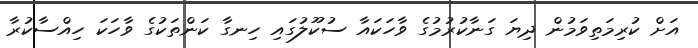
އަށް ކުރިމަތިވަމުން ދިޔަ ގަނާކުރުމުގެ ވާހަކައާ ސުކޫލުގައި ހިނގާ ކަންތަކުގެ ވާހަކަ ހިއްސާކުރާ